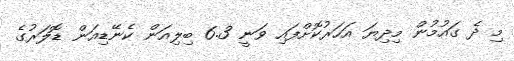
މި ދެ ގައުމުުން މިދިޔަ އަހަރުކޮށްފައި ވަނީ 6.3 ބިލިއަން ކެނޭޑިއަން ޑޮލަރުގެ